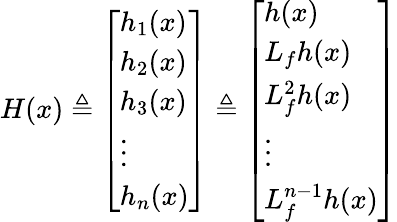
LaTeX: H(x)\triangleq{\left[\begin{array}{l}{h_{1}(x)}\\ {h_{2}(x)}\\ {h_{3}(x)}\\ {\vdots}\\ {h_{n}(x)}\end{array}\right]}\triangleq{\left[\begin{array}{l}{h(x)}\\ {L_{f}h(x)}\\ {L_{f}^{2}h(x)}\\ {\vdots}\\ {L_{f}^{n-1}h(x)}\end{array}\right]}